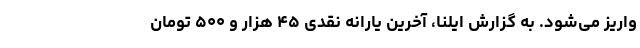
واریز می‌شود. به گزارش ایلنا، آخرین یارانه نقدی ۴۵ هزار و ۵۰۰ تومان